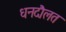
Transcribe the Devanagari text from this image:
धनदौलत